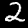
Digit: 2